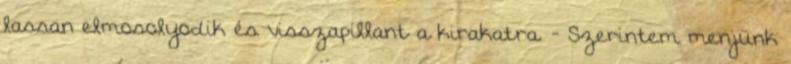
lassan elmosolyodik és visszapillant a kirakatra. - Szerintem menjünk